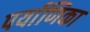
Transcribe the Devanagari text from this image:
पर्याणिका